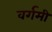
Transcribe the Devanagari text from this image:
वर्गमी